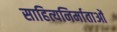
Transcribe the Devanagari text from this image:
साहित्यनिर्माताओं